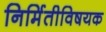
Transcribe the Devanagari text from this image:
निर्मितीविषयक